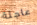
عاجلة